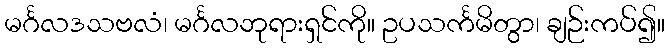
မင်္ဂလဒသဗလံ၊ မင်္ဂလဘုရားရှင်ကို။ ဥပသင်္ကမိတွာ၊ ချဉ်းကပ်၍။